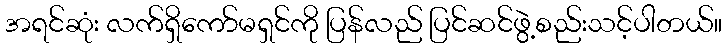
အရင်ဆုံး လက်ရှိကော်မရှင်ကို ပြန်လည် ပြင်ဆင်ဖွဲ့စည်းသင့်ပါတယ်။